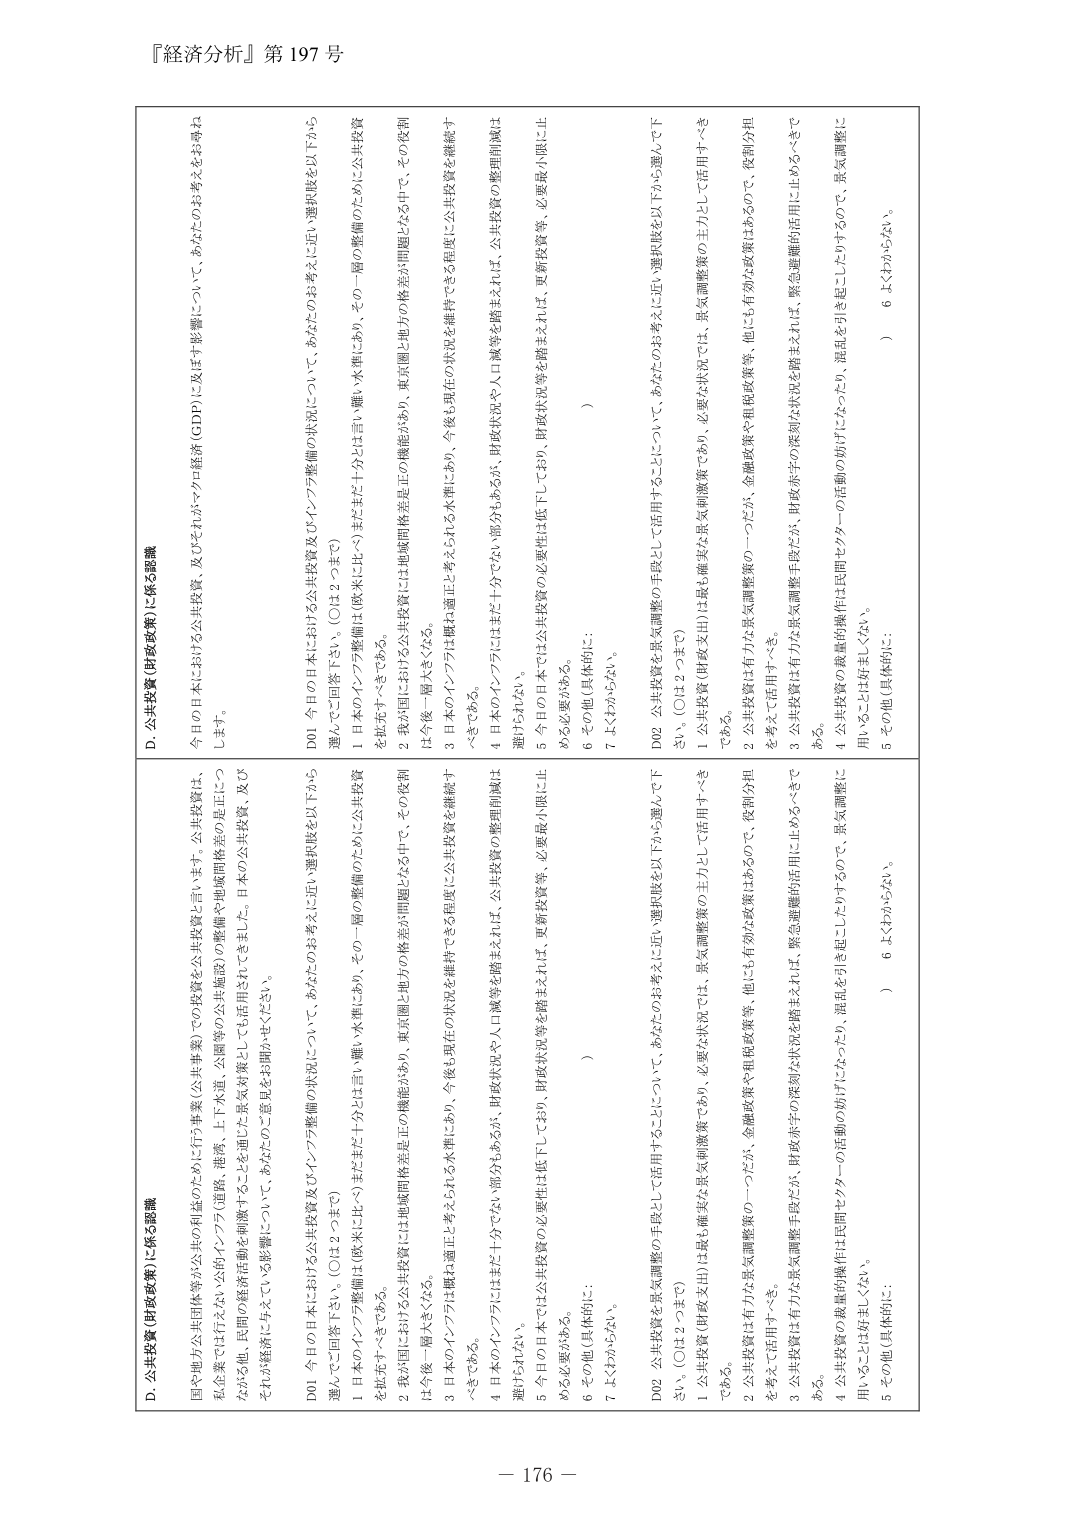
『経済分析』第197号

D. 公共投資（財政政策）に係る認識

国の地方公共団体等が公共の利益のために行う事業（公共事業）での投資を公共投資と言います。公共投資は、
私企業では行えない公的インフラ（道路、港湾、上下水道、公園等の公共施設）の整備や地域間格差の是正につ
ながる他、民間の経済活動を刺激するなど景気対策としても活用されてきました。日本の公共投資、及び
それらが経済に与えている影響について、あなたのご意見をお聞かせください。

D01 今日の日本における公共投資及びインフラ整備の状況について、あなたのお考えに近い選択肢を以下から
選んでご回答下さい。（○は2つまで）

1 日本のインフラ整備は（欧米に比べて）まだまだ十分とは言い難い水準にあり、その一層の整備のために公共投資
を拡充すべきである。

2 我が国における地域間格差是正の機能があり、東京圏と地方の格差が問題となる中で、その役割
は今後一層大きくなる。

3 日本のインフラは概ね適正と考えられる水準にあり、今後も現在の状況を維持できる程度に公共投資を継続す
べきである。

4 日本のインフラにはまだ十分でない部分があるが、財政状況や人口減等を踏まえれば、公共投資の整理削減は
避けられない。

5 今の日本では公共投資の必要性は低下しており、財政状況等を踏まえれば、更新投資等、必要最小限に止
める必要がある。

6 その他（具体的に：　　　　　　　　　　　　）

7 よくわからない。

D02 公共投資を景気調整の手段として活用することについて、あなたのお考えに近い選択肢を以下から選んで下
さい。（○は2つまで）

1 公共投資（財政支出）は最も確実な景気刺激策であり、必要な状況では、景気調整策の主力として活用すべき
である。

2 公共投資は有力な景気調整策の一つだが、金融政策や租税政策等、他にも有効な政策はあるので、役割分担
を考えて活用すべき。

3 公共投資は有力な景気調整手段だが、財政赤字の深刻な状況を踏まえれば、緊急避難的活用に止めるべきで
ある。

4 公共投資の数量的操作は民間セクターの活動の妨げになったり、混乱を引き起こしたりするので、景気調整に
用いることは好ましくない。

5 その他（具体的に：　　　　　　　　　　　　）

6 よくわからない。

D. 公共投資（財政政策）に係る認識

今日の日本における公共投資、及びそれらがマクロ経済（GDP）に及ぼす影響について、あなたのお考えをお尋ね
します。

D01 今日の日本における公共投資及びインフラ整備の状況について、あなたのお考えに近い選択肢を以下から
選んでご回答下さい。（○は2つまで）

1 日本のインフラ整備は（欧米に比べて）まだまだ十分とは言い難い水準にあり、その一層の整備のために公共投資
を拡充すべきである。

2 我が国における地域間格差是正の機能があり、東京圏と地方の格差が問題となる中で、その役割
は今後一層大きくなる。

3 日本のインフラは概ね適正と考えられる水準にあり、今後も現在の状況を維持できる程度に公共投資を継続す
べきである。

4 日本のインフラにはまだ十分でない部分があるが、財政状況や人口減等を踏まえれば、公共投資の整理削減は
避けられない。

5 今の日本では公共投資の必要性は低下しており、財政状況等を踏まえれば、更新投資等、必要最小限に止
める必要がある。

6 その他（具体的に：　　　　　　　　　　　　）

7 よくわからない。

D02 公共投資を景気調整の手段として活用することについて、あなたのお考えに近い選択肢を以下から選んで下
さい。（○は2つまで）

1 公共投資（財政支出）は最も確実な景気刺激策であり、必要な状況では、景気調整策の主力として活用すべき
である。

2 公共投資は有力な景気調整策の一つだが、金融政策や租税政策等、他にも有効な政策はあるので、役割分担
を考えて活用すべき。

3 公共投資は有力な景気調整手段だが、財政赤字の深刻な状況を踏まえれば、緊急避難的活用に止めるべきで
ある。

4 公共投資の数量的操作は民間セクターの活動の妨げになったり、混乱を引き起こしたりするので、景気調整に
用いることは好ましくない。

5 その他（具体的に：　　　　　　　　　　　　）

6 よくわからない。

－ 176 －